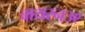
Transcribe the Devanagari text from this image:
बायरन३९